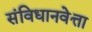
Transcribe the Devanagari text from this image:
संविधानवेत्ता